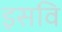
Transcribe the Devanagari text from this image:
इसवि